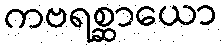
ကဗရစ္ဆာယော